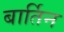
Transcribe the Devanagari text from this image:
बार्तिन